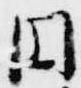
円